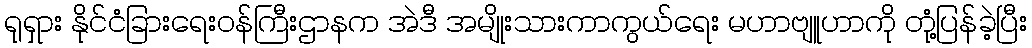
ရုရှား နိုင်ငံခြားရေးဝန်ကြီးဌာနက အဲဒီ အမျိုးသားကာကွယ်ရေး မဟာဗျူဟာကို တုံ့ပြန်ခဲ့ပြီး